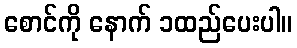
စောင်ကို နောက် ၁ထည်ပေးပါ။